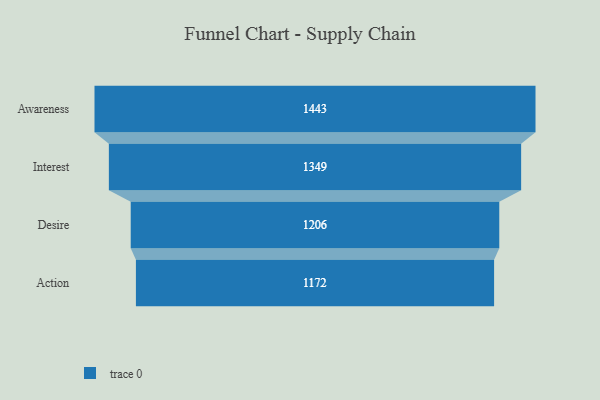
{"axis": {"x": "Stage", "y": "Value"}, "legend": [""], "data": [{"x": "Awareness", "y": 1443.0, "type": ""}, {"x": "Interest", "y": 1349.0, "type": ""}, {"x": "Desire", "y": 1206.0, "type": ""}, {"x": "Action", "y": 1172.0, "type": ""}]}